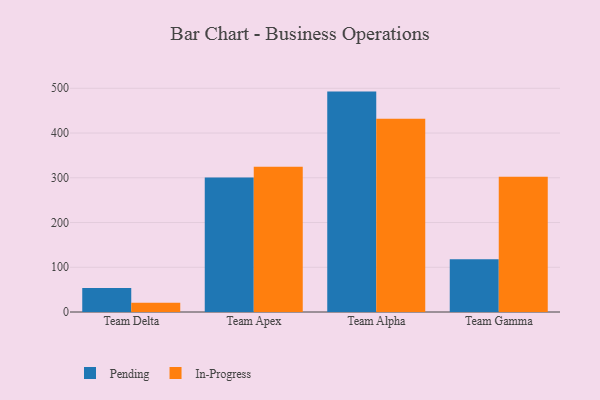
{"axis": {"x": "Team", "y": "Inventory Turnover"}, "legend": ["In-Progress", "Pending"], "data": [{"x": "Team Delta", "y": 53.4, "type": "Pending"}, {"x": "Team Delta", "y": 20.9, "type": "In-Progress"}, {"x": "Team Apex", "y": 300.4, "type": "Pending"}, {"x": "Team Apex", "y": 324.4, "type": "In-Progress"}, {"x": "Team Alpha", "y": 492.6, "type": "Pending"}, {"x": "Team Alpha", "y": 432.1, "type": "In-Progress"}, {"x": "Team Gamma", "y": 117.8, "type": "Pending"}, {"x": "Team Gamma", "y": 302.3, "type": "In-Progress"}]}